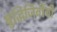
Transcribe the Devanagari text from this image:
बुद्धिजिवींची